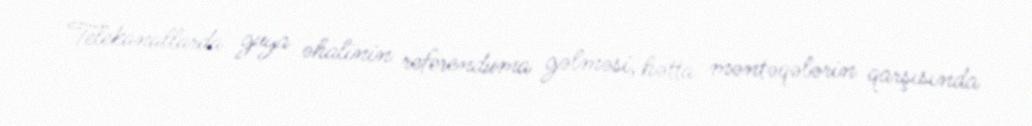
Telekanallarda guya əhalinin referenduma gəlməsi, hətta məntəqələrin qarşısında